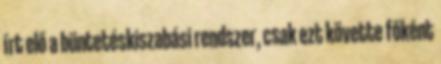
írt elő a büntetéskiszabási rendszer, csak ezt követte főként